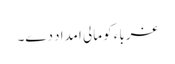
غرباء کو مالی امداد دے۔